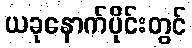
ယခုနောက်ပိုင်းတွင်